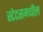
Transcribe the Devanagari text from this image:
स्टेटसमधील